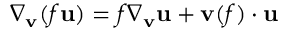
\nabla _ { \mathbf { v } } ( f \mathbf { u } ) = f \nabla _ { \mathbf { v } } \mathbf { u } + \mathbf { v } ( f ) \cdot \mathbf { u }